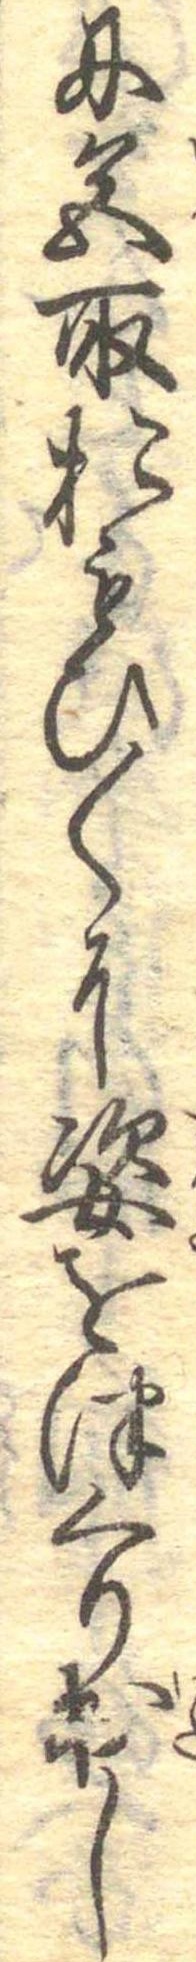
に色取おもひ〱に姿をつくり出し